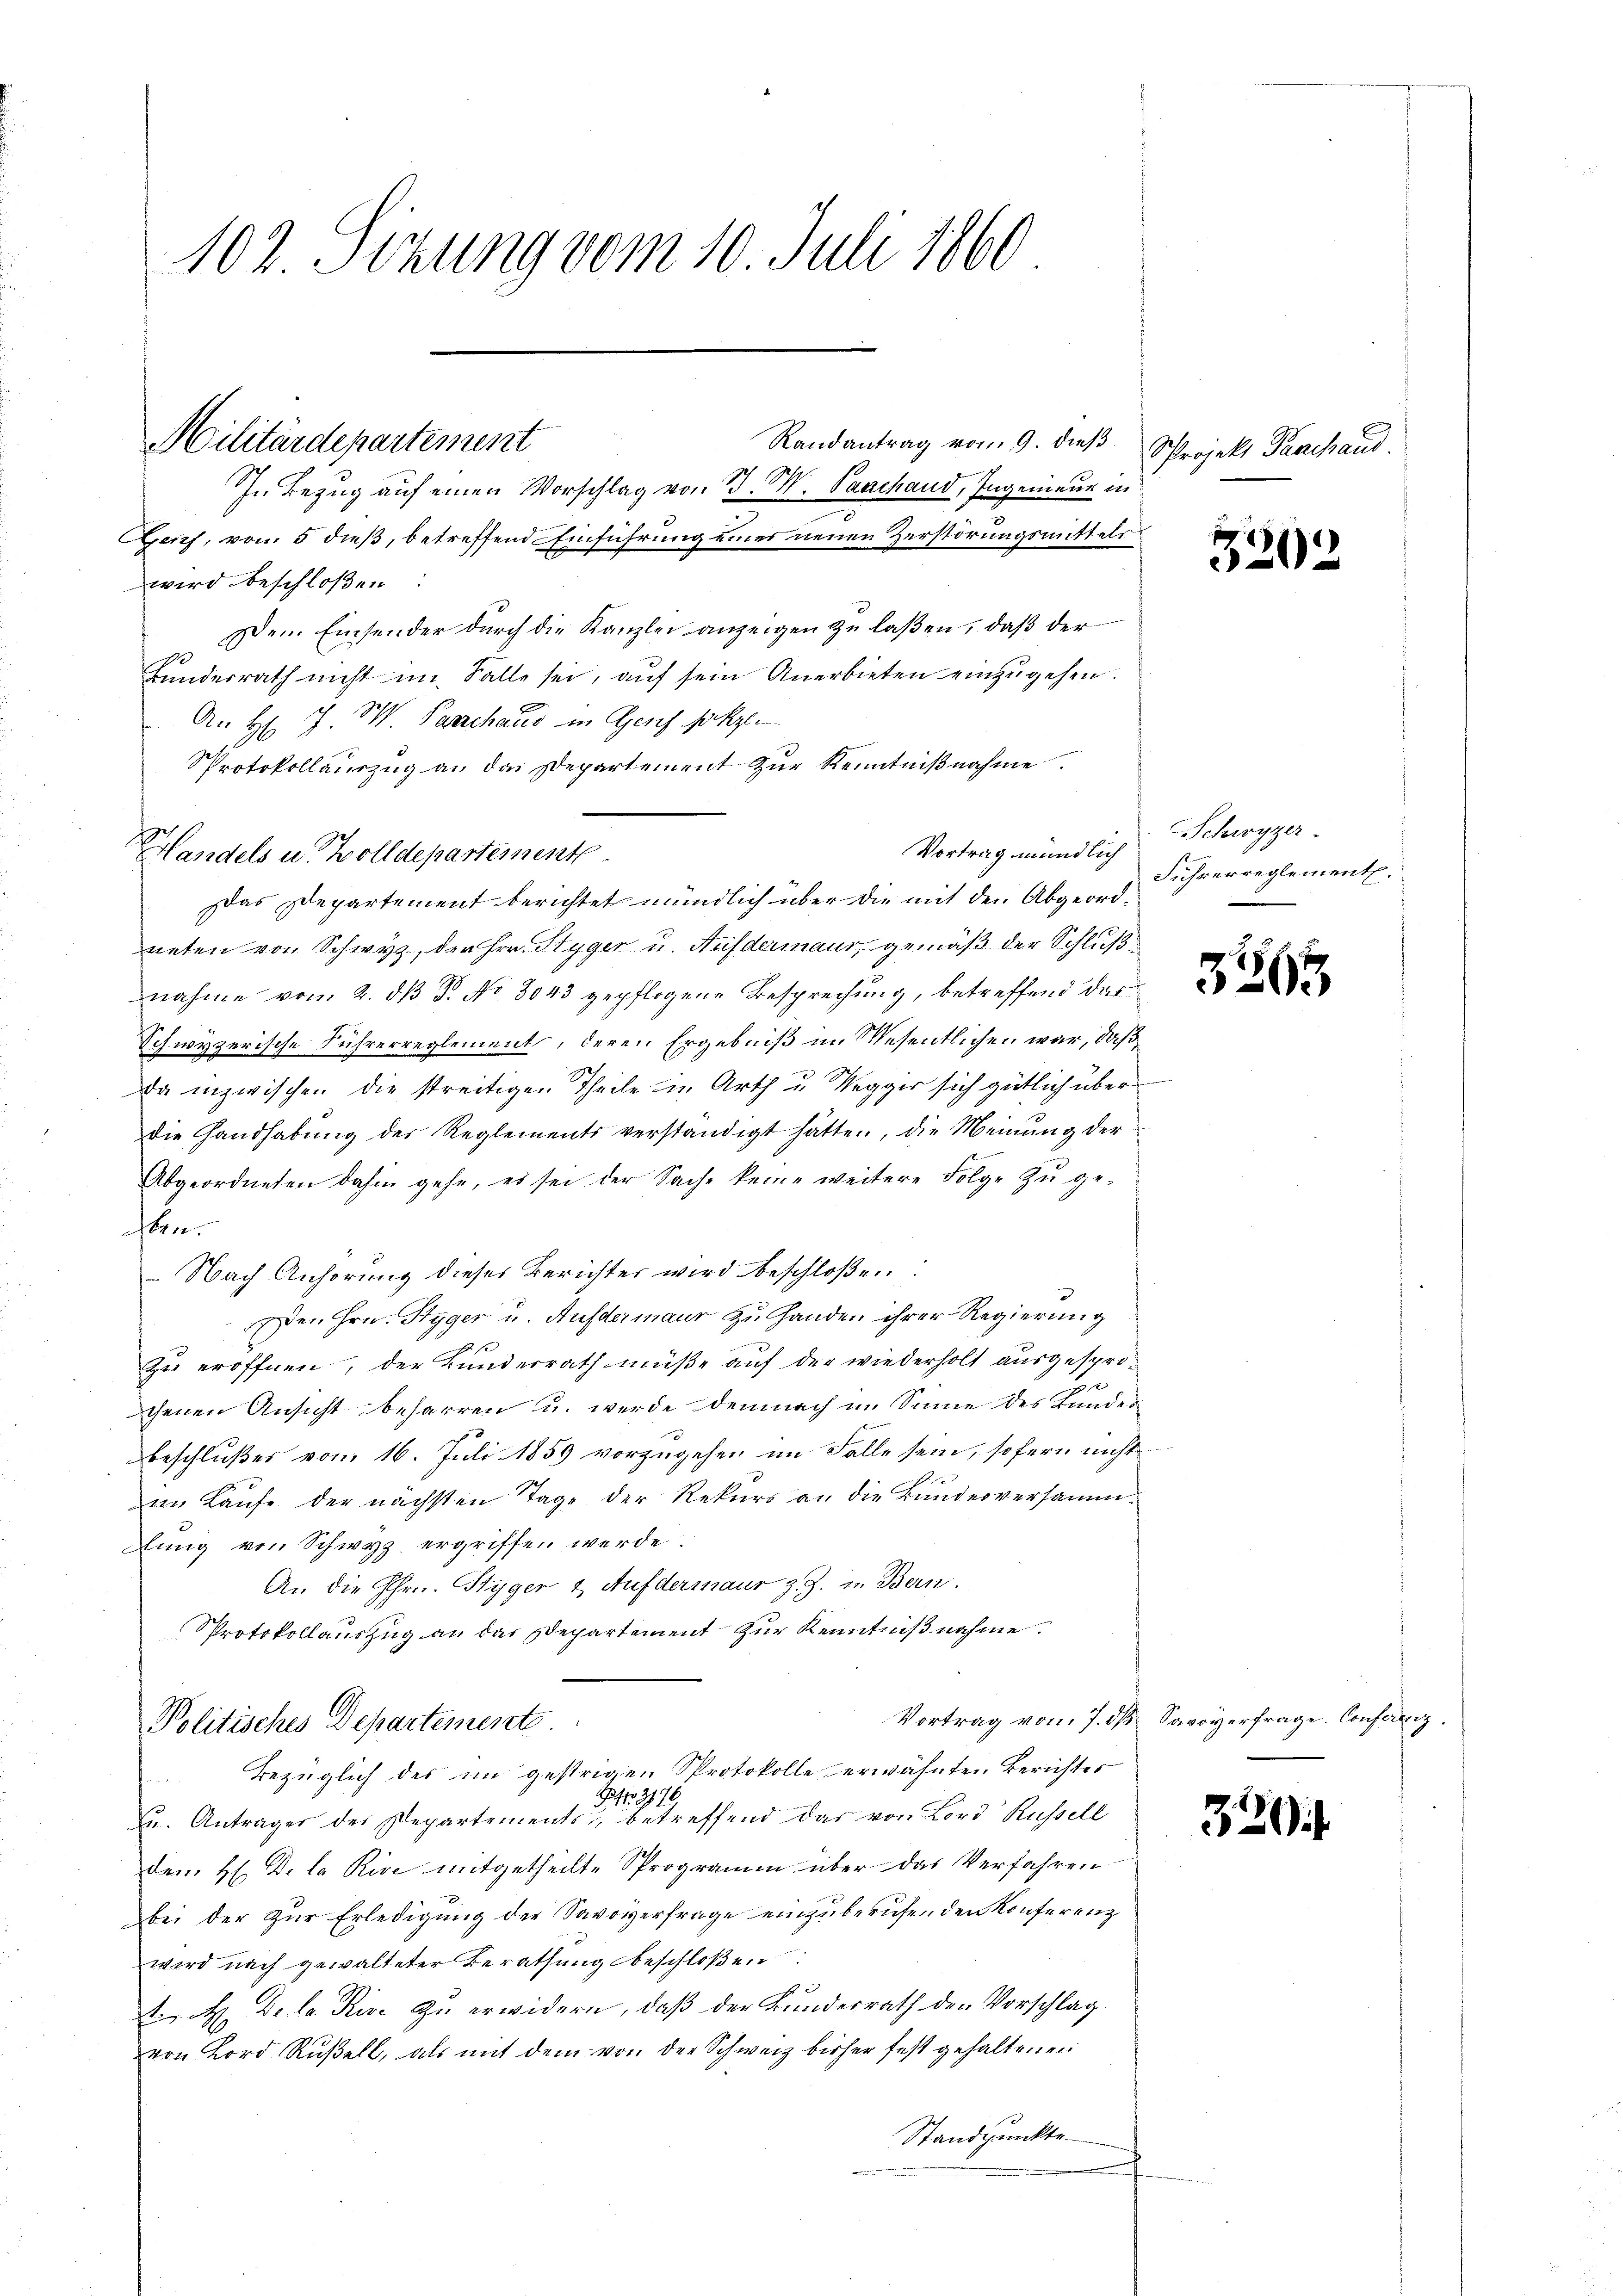
102 Sizung vom 10. Juli 1860

Randantrag vom 9. dieß
Genf, vom 5 dieß, betreffend Einführung eines neuen Zerstörungsmittels.
wird beschloßen:
Dem Einsender durch die Kanzlei anzeigen zu laßen, daß der
e
Hundesrath nicht im Falle sei, auf sein Anerbieten einzugehen.
An H. I S. Parchaus in Genf salzen
Sprotokollauszug an das Departement zur Kenntnißnahme.
Das Departement berichtet mündlich über die mit den Abgeordneten von Schwyz, der Hrr. Styger u. Aufdermaur, gemäß der Schlußnahme vom 2. dß P. No 8043 gepflogene Besprechung, betreffend das
Schwyzerische Führerreglement, deren Ergebniß im Wesentlichen war, daß
Da inzwischen die streitigen Theile in Arth u. Wegger sich gütlich über
die Handhabung der Reglements verständigt hätten, die Meinung der
Abgeordneten dahin gehe, es sei der Sache keine weitere Folge zŭ ge-
sten.
Nach Anhörung dieses Berichter wird beschloße
den Hrn. Hyger u. Aufdermaur zu Handen ihrer Regierung
E
Zu eröffnen, der Bunderrath müße auf der wiederholt ausgespro-
b
chenen Ansicht beharren u. werde demnach im Sinne des Kundes
beschlußes vom 16. Juli 1859 vorzugehen im Falle sein, sofern nicht
im Laŭfe der nächsten Tage der Rekurs an die Bundesversammlung von Schwyz ergriffen werde.
An die Hrn. Styger & Aufdermaur z. Z. in Bern.
Protokollauszug an das Departement zur Kenntniß nahme.
Vortrag vom 7. dß Savoyerfrage. Conferenz
Politisches Departement
bezüglich des im gestrigen Protokolle erwähnten Berichter
So 3176
Du. Anträger der Departements, betreffend das von Bord Russell
dem H. De la Rive mitgetheilte Sprogramm über das Verfahren
bei der zur Erledigung der Savoverfrage einzuberufenden Konferenz
wird nach gewalteter Berathung beschloßen
H De la Rise zu erwidern, daß der Bundesrath den Vorschlag
von Lord Rußell, als mit dem von der Schweiz bisher fest gehaltenen
Standpunkte

Militärdepartement

Handels u. Wolldepartemente

In Bezug auf einen Vorschlag von J. W. Prachand, Ingenieur in

Projekt Parchaud.

520

Schwyzer
Vortrag mündlich Lehrerreglementl.

3563

330